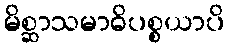
မိစ္ဆာသမာဓိပစ္စယာပိ